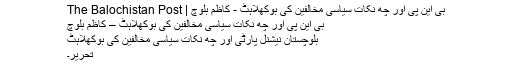
بی این پی اور چھ نکات سیاسی مخالفین کی بوکھلاہٹ - کاظم بلوچ | The Balochistan Post
بی این پی اور چھ نکات سیاسی مخالفین کی بوکھلاہٹ – کاظم بلوچ
بلوچستان نیشنل پارٹی اور چھ نکات سیاسی مخالفین کی بوکھلاہٹ
تحریر۔